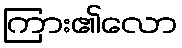
ကြား၏လော